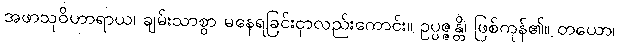
အဖာသုဝိဟာရာယ၊ ချမ်းသာစွာ မနေရခြင်းငှာလည်းကောင်း။ ဥပ္ပဇ္ဇန္တိ၊ ဖြစ်ကုန်၏။ တယော၊